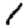
Digit: 1